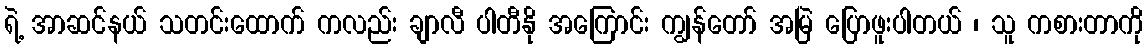
ရဲ့ အာဆင်နယ် သတင်းထောက် ကလည်း ချာလီ ပါတီနို အကြောင်း ကျွန်တော် အမြဲ ပြောဖူးပါတယ် ၊ သူ ကစားတာကို